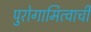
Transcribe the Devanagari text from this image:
पुरोगामित्वाची